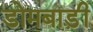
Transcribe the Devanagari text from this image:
डोमबाड़ी